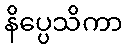
နိပ္ပေသိကာ